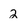
Character: 2